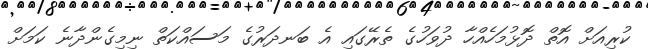
ކުރިއަށް އޮތް ދޮޅުމަހެއްހާ ދުވަހުގެ ތެރޭގައި އެ ބަނދަރުގެ މަސައްކަތް ނިމިގެންދާނެ ކަމަށް